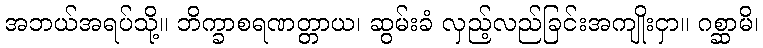
အဘယ်အရပ်သို့။ ဘိက္ခာစရဏတ္တာယ၊ ဆွမ်းခံ လှည့်လည်ခြင်းအကျိုးငှာ။ ဂစ္ဆာမိ၊